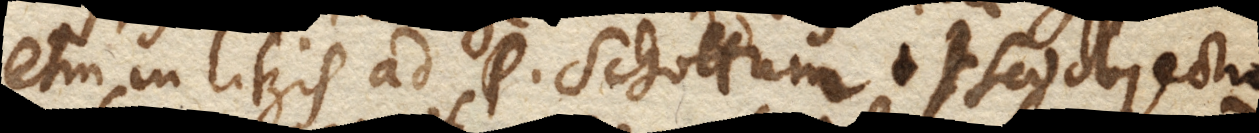
etiam in literis ad P. Schottum. Sed objectio